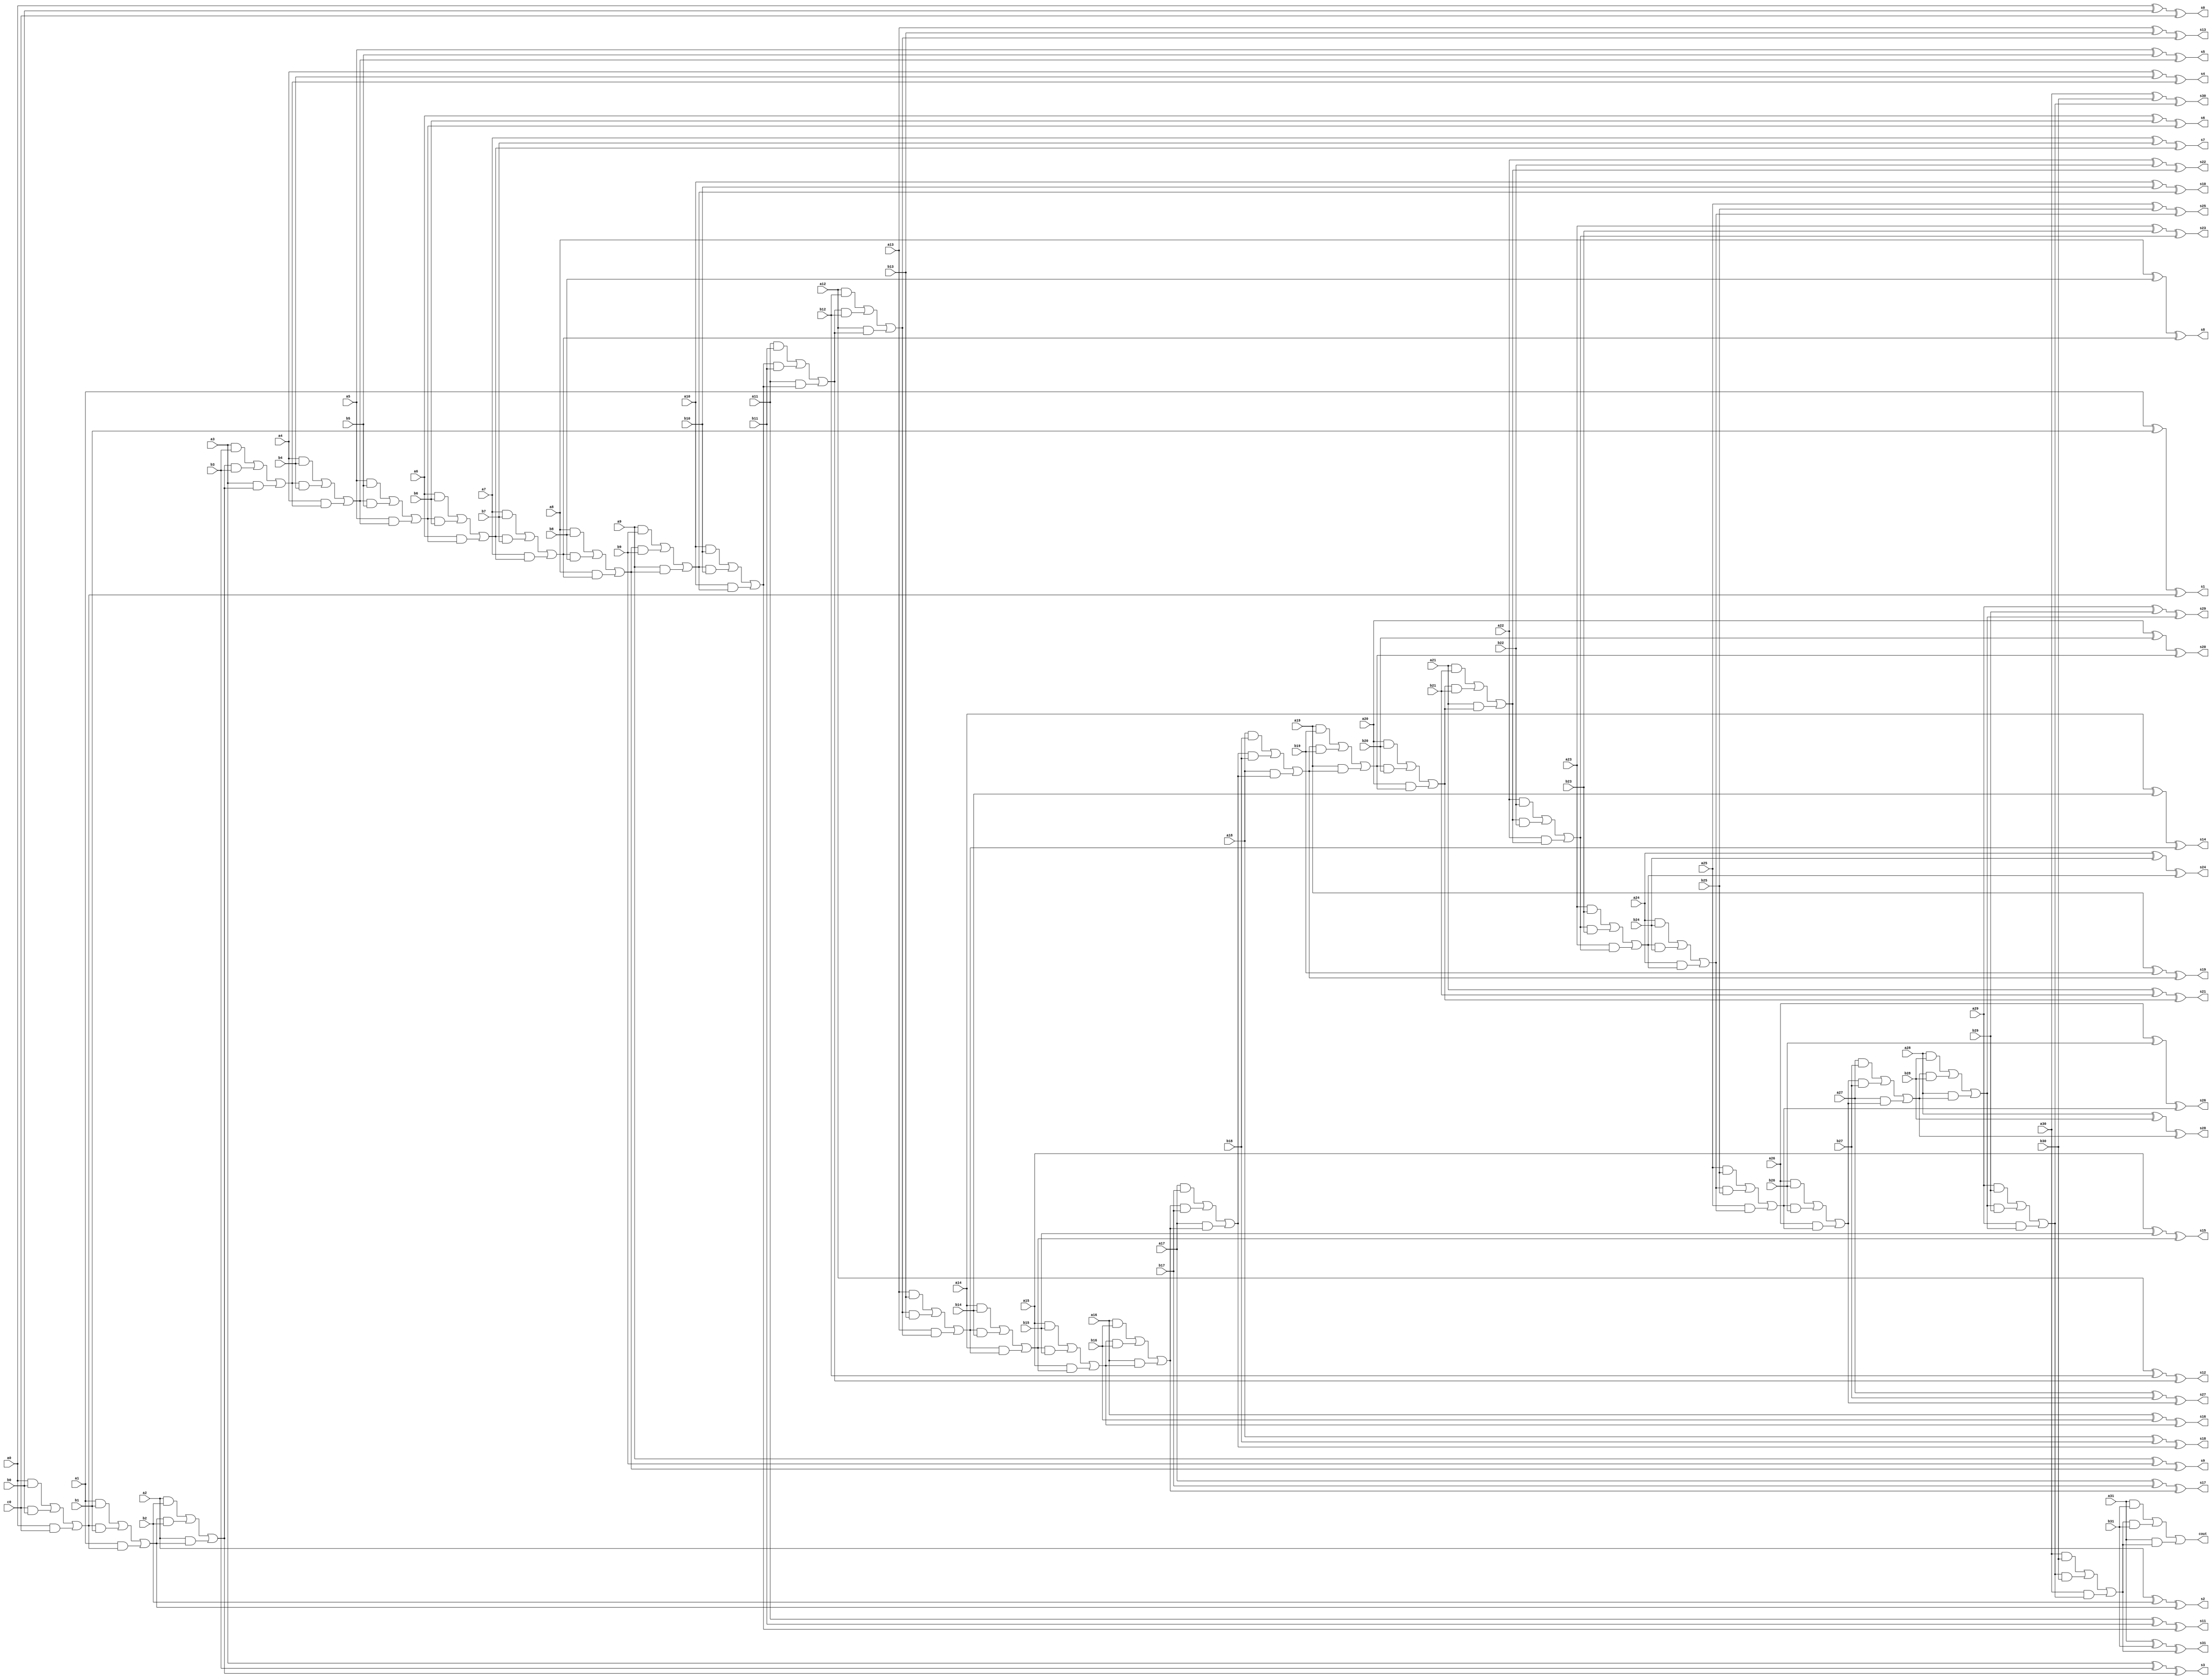
//a0 w00 c1 w12 c2 w22 c3 w32 c4 w42 c5 w52 c6 w62 c7 w72 c8 w82 c9 w92 c10 w102 c11 w112 c12 w122 c13 w132 c14 w142 c15 w152 c16 w162 c17 w172 c18 w182 c19 w192 c20 w202 c21 w212 c22 w222 c23 w232 c24 w242 c25 w252 c26 w262 c27 w272 c28 w282 c29 w292 c30 w302 c31 s31
module adder_noh(a31,a30,a29,a28,a27,a26,a25,a24,a23,a22,a21,a20,a19,a18,a17,a16,
						a15,a14,a13,a12,a11,a10,a9,a8,a7,a6,a5,a4,a3,a2,a1,a0,
						b31,b30,b29,b28,b27,b26,b25,b24,b23,b22,b21,b20,b19,b18,b17,b16,
						b15,b14,b13,b12,b11,b10,b9,b8,b7,b6,b5,b4,b3,b2,b1,b0,c0,
						cout,s31,s30,s29,s28,s27,s26,s25,s24,s23,s22,s21,s20,s19,s18,s17,s16,
						s15,s14,s13,s12,s11,s10,s9,s8,s7,s6,s5,s4,s3,s2,s1,s0);

input a31,a30,a29,a28,a27,a26,a25,a24,a23,a22,a21,a20,a19,a18,a17,a16,
		a15,a14,a13,a12,a11,a10,a9,a8,a7,a6,a5,a4,a3,a2,a1,a0,
		b31,b30,b29,b28,b27,b26,b25,b24,b23,b22,b21,b20,b19,b18,b17,b16,
		b15,b14,b13,b12,b11,b10,b9,b8,b7,b6,b5,b4,b3,b2,b1,b0,c0;

output cout,s31,s30,s29,s28,s27,s26,s25,s24,s23,s22,s21,s20,s19,s18,s17,s16,
		s15,s14,s13,s12,s11,s10,s9,s8,s7,s6,s5,s4,s3,s2,s1,s0;

wire c1, c2, c3, c4, c5, c6, c7, c8, c9, c10, c11, c12, c13, c14, c15, c16, c17, c18, c19, c20, c21, c22, c23, c24, c25, c26, c27, c28, c29, c30, c31,
    w00, w01, w02, w03,
    w10, w11, w12, w13,
    w20, w21, w22, w23,
    w30, w31, w32, w33,
    w40, w41, w42, w43,
    w50, w51, w52, w53,
    w60, w61, w62, w63,
    w70, w71, w72, w73,
    w80, w81, w82, w83,
    w90, w91, w92, w93,
    w100, w101, w102, w103,
    w110, w111, w112, w113,
    w120, w121, w122, w123,
    w130, w131, w132, w133,
    w140, w141, w142, w143,
    w150, w151, w152, w153,
    w160, w161, w162, w163,
    w170, w171, w172, w173,
    w180, w181, w182, w183,
    w190, w191, w192, w193,
    w200, w201, w202, w203,
    w210, w211, w212, w213,
    w220, w221, w222, w223,
    w230, w231, w232, w233,
    w240, w241, w242, w243,
    w250, w251, w252, w253,
    w260, w261, w262, w263,
    w270, w271, w272, w273,
    w280, w281, w282, w283,
    w290, w291, w292, w293,
    w300, w301, w302, w303,
    w310, w311, w312, w313;
    
    
    

and g0(w00, a0, b0);
and g1(w01, c0, b0);
and g2(w02, a0, c0);
or  g3(c1, w00, w01, w02);
xor g4(w03, a0, b0);
xor g5(s0, w03, c0);

and ag0(w10, a1, b1);
and ag1(w11, c1, b1);
and ag2(w12, a1, c1);
or  ag3(c2, w10, w11, w12);
xor ag4(w13, a1, b1);
xor ag5(s1, w13, c1);

and bg0(w20, a2, b2);
and bg1(w21, c2, b2);
and bg2(w22, a2, c2);
or  bg3(c3, w20, w21, w22);
xor bg4(w23, a2, b2);
xor bg5(s2, w23, c2);

and cg0(w30, a3, b3);
and cg1(w31, c3, b3);
and cg2(w32, a3, c3);
or  cg3(c4, w30, w31, w32);
xor cg4(w33, a3, b3);
xor cg5(s3, w33, c3);



and dg0(w40, a4, b4);
and dg1(w41, c4, b4);
and dg2(w42, a4, c4);
or  dg3(c5, w40, w41, w42);
xor dg4(w43, a4, b4);
xor dg5(s4, w43, c4);

and eg0(w50, a5, b5);
and eg1(w51, c5, b5);
and eg2(w52, a5, c5);
or  eg3(c6, w50, w51, w52);
xor eg4(w53, a5, b5);
xor eg5(s5, w53, c5);

and fg0(w60, a6, b6);
and fg1(w61, c6, b6);
and fg2(w62, a6, c6);
or  fg3(c7, w60, w61, w62);
xor fg4(w63, a6, b6);
xor fg5(s6, w63, c6);

and gg0(w70, a7, b7);
and gg1(w71, c7, b7);
and gg2(w72, a7, c7);
or  gg3(c8, w70, w71, w72);
xor gg4(w73, a7, b7);
xor gg5(s7, w73, c7);



and hg0(w80, a8, b8);
and hg1(w81, c8, b8);
and hg2(w82, a8, c8);
or  hg3(c9, w80, w81, w82);
xor hg4(w83, a8, b8);
xor hg5(s8, w83, c8);

and ig0(w90, a9, b9);
and ig1(w91, c9, b9);
and ig2(w92, a9, c9);
or  ig3(c10, w90, w91, w92);
xor ig4(w93, a9, b9);
xor ig5(s9, w93, c9);

and jg0(w100, a10, b10);
and jg1(w101, c10, b10);
and jg2(w102, a10, c10);
or  jg3(c11, w100, w101, w102);
xor jg4(w103, a10, b10);
xor jg5(s10, w103, c10);

and kg0(w110, a11, b11);
and kg1(w111, c11, b11);
and kg2(w112, a11, c11);
or  kg3(c12, w110, w111, w112);
xor kg4(w113, a11, b11);
xor kg5(s11, w113, c11);



and lg0(w120, a12, b12);
and lg1(w121, c12, b12);
and lg2(w122, a12, c12);
or  lg3(c13, w120, w121, w122);
xor lg4(w123, a12, b12);
xor lg5(s12, w123, c12);

and mg0(w130, a13, b13);
and mg1(w131, c13, b13);
and mg2(w132, a13, c13);
or  mg3(c14, w130, w131, w132);
xor mg4(w133, a13, b13);
xor mg5(s13, w133, c13);

and ng0(w140, a14, b14);
and ng1(w141, c14, b14);
and ng2(w142, a14, c14);
or  ng3(c15, w140, w141, w142);
xor ng4(w143, a14, b14);
xor ng5(s14, w143, c14);

and og0(w150, a15, b15);
and og1(w151, c15, b15);
and og2(w152, a15, c15);
or  og3(c16, w150, w151, w152);
xor og4(w153, a15, b15);
xor og5(s15, w153, c15);



and pg0(w160, a16, b16);
and pg1(w161, c16, b16);
and pg2(w162, a16, c16);
or  pg3(c17, w160, w161, w162);
xor pg4(w163, a16, b16);
xor pg5(s16, w163, c16);

and qg0(w170, a17, b17);
and qg1(w171, c17, b17);
and qg2(w172, a17, c17);
or  qg3(c18, w170, w171, w172);
xor qg4(w173, a17, b17);
xor qg5(s17, w173, c17);

and rg0(w180, a18, b18);
and rg1(w181, c18, b18);
and rg2(w182, a18, c18);
or  rg3(c19, w180, w181, w182);
xor rg4(w183, a18, b18);
xor rg5(s18, w183, c18);

and sg0(w190, a19, b19);
and sg1(w191, c19, b19);
and sg2(w192, a19, c19);
or  sg3(c20, w190, w191, w192);
xor sg4(w193, a19, b19);
xor sg5(s19, w193, c19);



and tg0(w200, a20, b20);
and tg1(w201, c20, b20);
and tg2(w202, a20, c20);
or  tg3(c21, w200, w201, w202);
xor tg4(w203, a20, b20);
xor tg5(s20, w203, c20);

and ug0(w210, a21, b21);
and ug1(w211, c21, b21);
and ug2(w212, a21, c21);
or  ug3(c22, w210, w211, w212);
xor ug4(w213, a21, b21);
xor ug5(s21, w213, c21);

and vg0(w220, a22, b22);
and vg1(w221, c22, b22);
and vg2(w222, a22, c22);
or  vg3(c23, w220, w221, w222);
xor vg4(w223, a22, b22);
xor vg5(s22, w223, c22);

and wg0(w230, a23, b23);
and wg1(w231, c23, b23);
and wg2(w232, a23, c23);
or  wg3(c24, w230, w231, w232);
xor wg4(w233, a23, b23);
xor wg5(s23, w233, c23);



and yg0(w240, a24, b24);
and yg1(w241, c24, b24);
and yg2(w242, a24, c24);
or  yg3(c25, w240, w241, w242);
xor yg4(w243, a24, b24);
xor yg5(s24, w243, c24);

and zg0(w250, a25, b25);
and zg1(w251, c25, b25);
and zg2(w252, a25, c25);
or  zg3(c26, w250, w251, w252);
xor zg4(w253, a25, b25);
xor zg5(s25, w253, c25);

and g0a(w260, a26, b26);
and g1a(w261, c26, b26);
and g2a(w262, a26, c26);
or  g3a(c27, w260, w261, w262);
xor g4a(w263, a26, b26);
xor g5a(s26, w263, c26);

and g0b(w270, a27, b27);
and g1b(w271, c27, b27);
and g2b(w272, a27, c27);
or  g3b(c28, w270, w271, w272);
xor g4b(w273, a27, b27);
xor g5b(s27, w273, c27);



and g0c(w280, a28, b28);
and g1c(w281, c28, b28);
and g2c(w282, a28, c28);
or  g3c(c29, w280, w281, w282);
xor g4c(w283, a28, b28);
xor g5c(s28, w283, c28);

and g0d(w290, a29, b29);
and g1d(w291, c29, b29);
and g2d(w292, a29, c29);
or  g3d(c30, w290, w291, w292);
xor g4d(w293, a29, b29);
xor g5d(s29, w293, c29);

and g0e(w300, a30, b30);
and g1e(w301, c30, b30);
and g2e(w302, a30, c30);
or  g3e(c31, w300, w301, w302);
xor g4e(w303, a30, b30);
xor g5e(s30, w303, c30);

and g0f(w310, a31, b31);
and g1f(w311, c31, b31);
and g2f(w312, a31, c31);
or  g3f(cout, w310, w311, w312);
xor g4f(w313, a31, b31);
xor g5f(s31, w313, c31);

endmodule